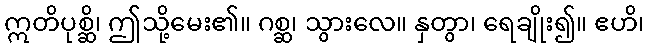
ဣတိပုစ္ဆိ၊ ဤသို့မေး၏။ ဂစ္ဆ၊ သွားလေ။ နှတွာ၊ ရေချိုး၍။ ဧဟိ၊